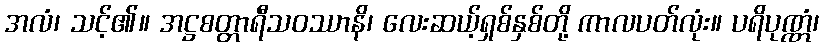
အလံ၊ သင့်၏။ အဋ္ဌစတ္တာရီသဝဿာနိ၊ လေးဆယ့်ရှစ်နှစ်တို့ ကာလပတ်လုံး။ ပရိပုဏ္ဏံ၊